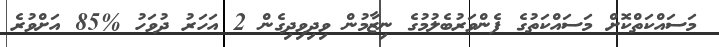
މަސައްކަތްކޮށް މަސައްކަތުގެ ފެންވަރުބެލުމުގެ ނިޒާމުން ވިދިވިދިގެން 2 އަހަރު ދުވަހު %85 އަށްވުރެ